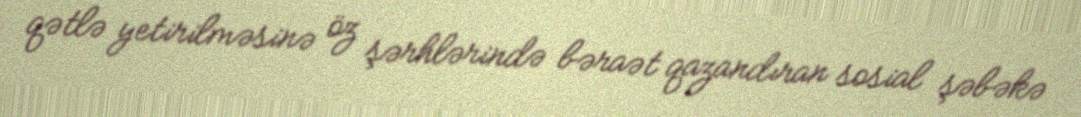
qətlə yetirilməsinə öz şərhlərində bəraət qazandıran sosial şəbəkə